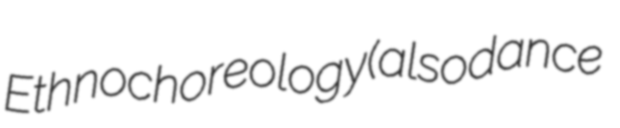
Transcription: Ethnochoreology (also dance